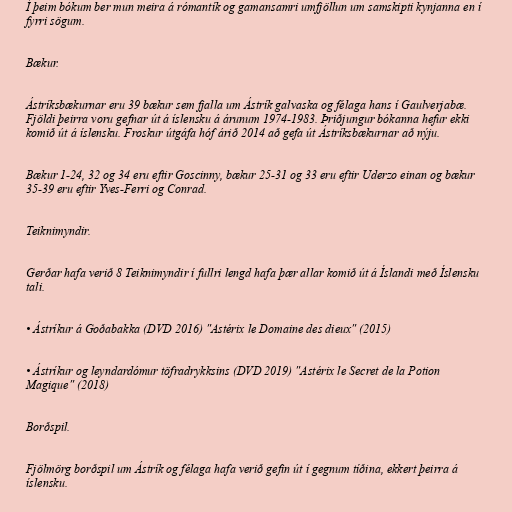
Í þeim bókum ber mun meira á rómantík og gamansamri umfjöllun um samskipti kynjanna en í
fyrri sögum.

Bækur.

Ástríksbækurnar eru 39 bækur sem fjalla um Ástrík galvaska og félaga hans í Gaulverjabæ.
Fjöldi þeirra voru gefnar út á íslensku á árunum 1974-1983. Þriðjungur bókanna hefur ekki
komið út á íslensku. Froskur útgáfa hóf árið 2014 að gefa út Ástríksbækurnar að nýju.

Bækur 1-24, 32 og 34 eru eftir Goscinny, bækur 25-31 og 33 eru eftir Uderzo einan og bækur
35-39 eru eftir Yves-Ferri og Conrad.

Teiknimyndir.

Gerðar hafa verið 8 Teiknimyndir í fullri lengd hafa þær allar komið út á Íslandi með Íslensku
tali.

• Ástríkur á Goðabakka (DVD 2016) "Astérix le Domaine des dieux" (2015)

• Ástríkur og leyndardómur töfradrykksins (DVD 2019) "Astérix le Secret de la Potion
Magique" (2018)

Borðspil.

Fjölmörg borðspil um Ástrík og félaga hafa verið gefin út í gegnum tíðina, ekkert þeirra á
íslensku.